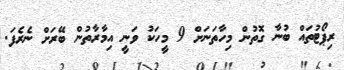
ރިޕޯޓުތައް ބުނާ ގޮތުން މިހާތަނަށް 9 މީހަކު ވަނީ އިމާރާތުން ބޭރަށް ނެރެފަ.